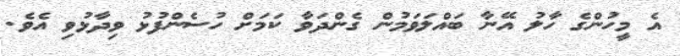
އެ މީހުންގެ ހާލު އޭނާ ބައްލަވަމުން ގެންދަވާ ކަމަށް ހުސެންފުޅު ވިދާޅުވި އެވެ.